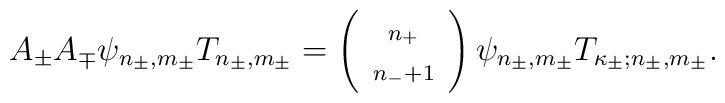
A_\pm A_\mp \psi_{n_\pm,m_\pm}T_{n_\pm,m_\pm} =\left( \begin{array}{c} \scriptstyle n_+ \\ \scriptstyle{n_-+1} \end{array}\right)\psi_{n_\pm,m_\pm}T_{\kappa_\pm;n_\pm,m_\pm}.